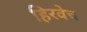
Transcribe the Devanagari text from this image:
हिरवेच